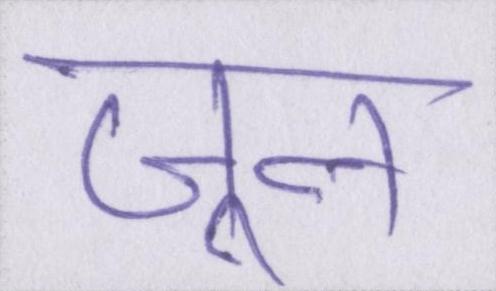
जून